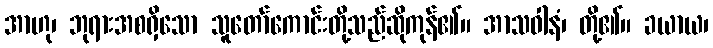
အာဟု၊ ဘုရားအစရှိသော သူတော်ကောင်းတို့သည်ဆိုကုန်၏။ အာသဝါနံ၊ တို့၏။ ခယာယ၊